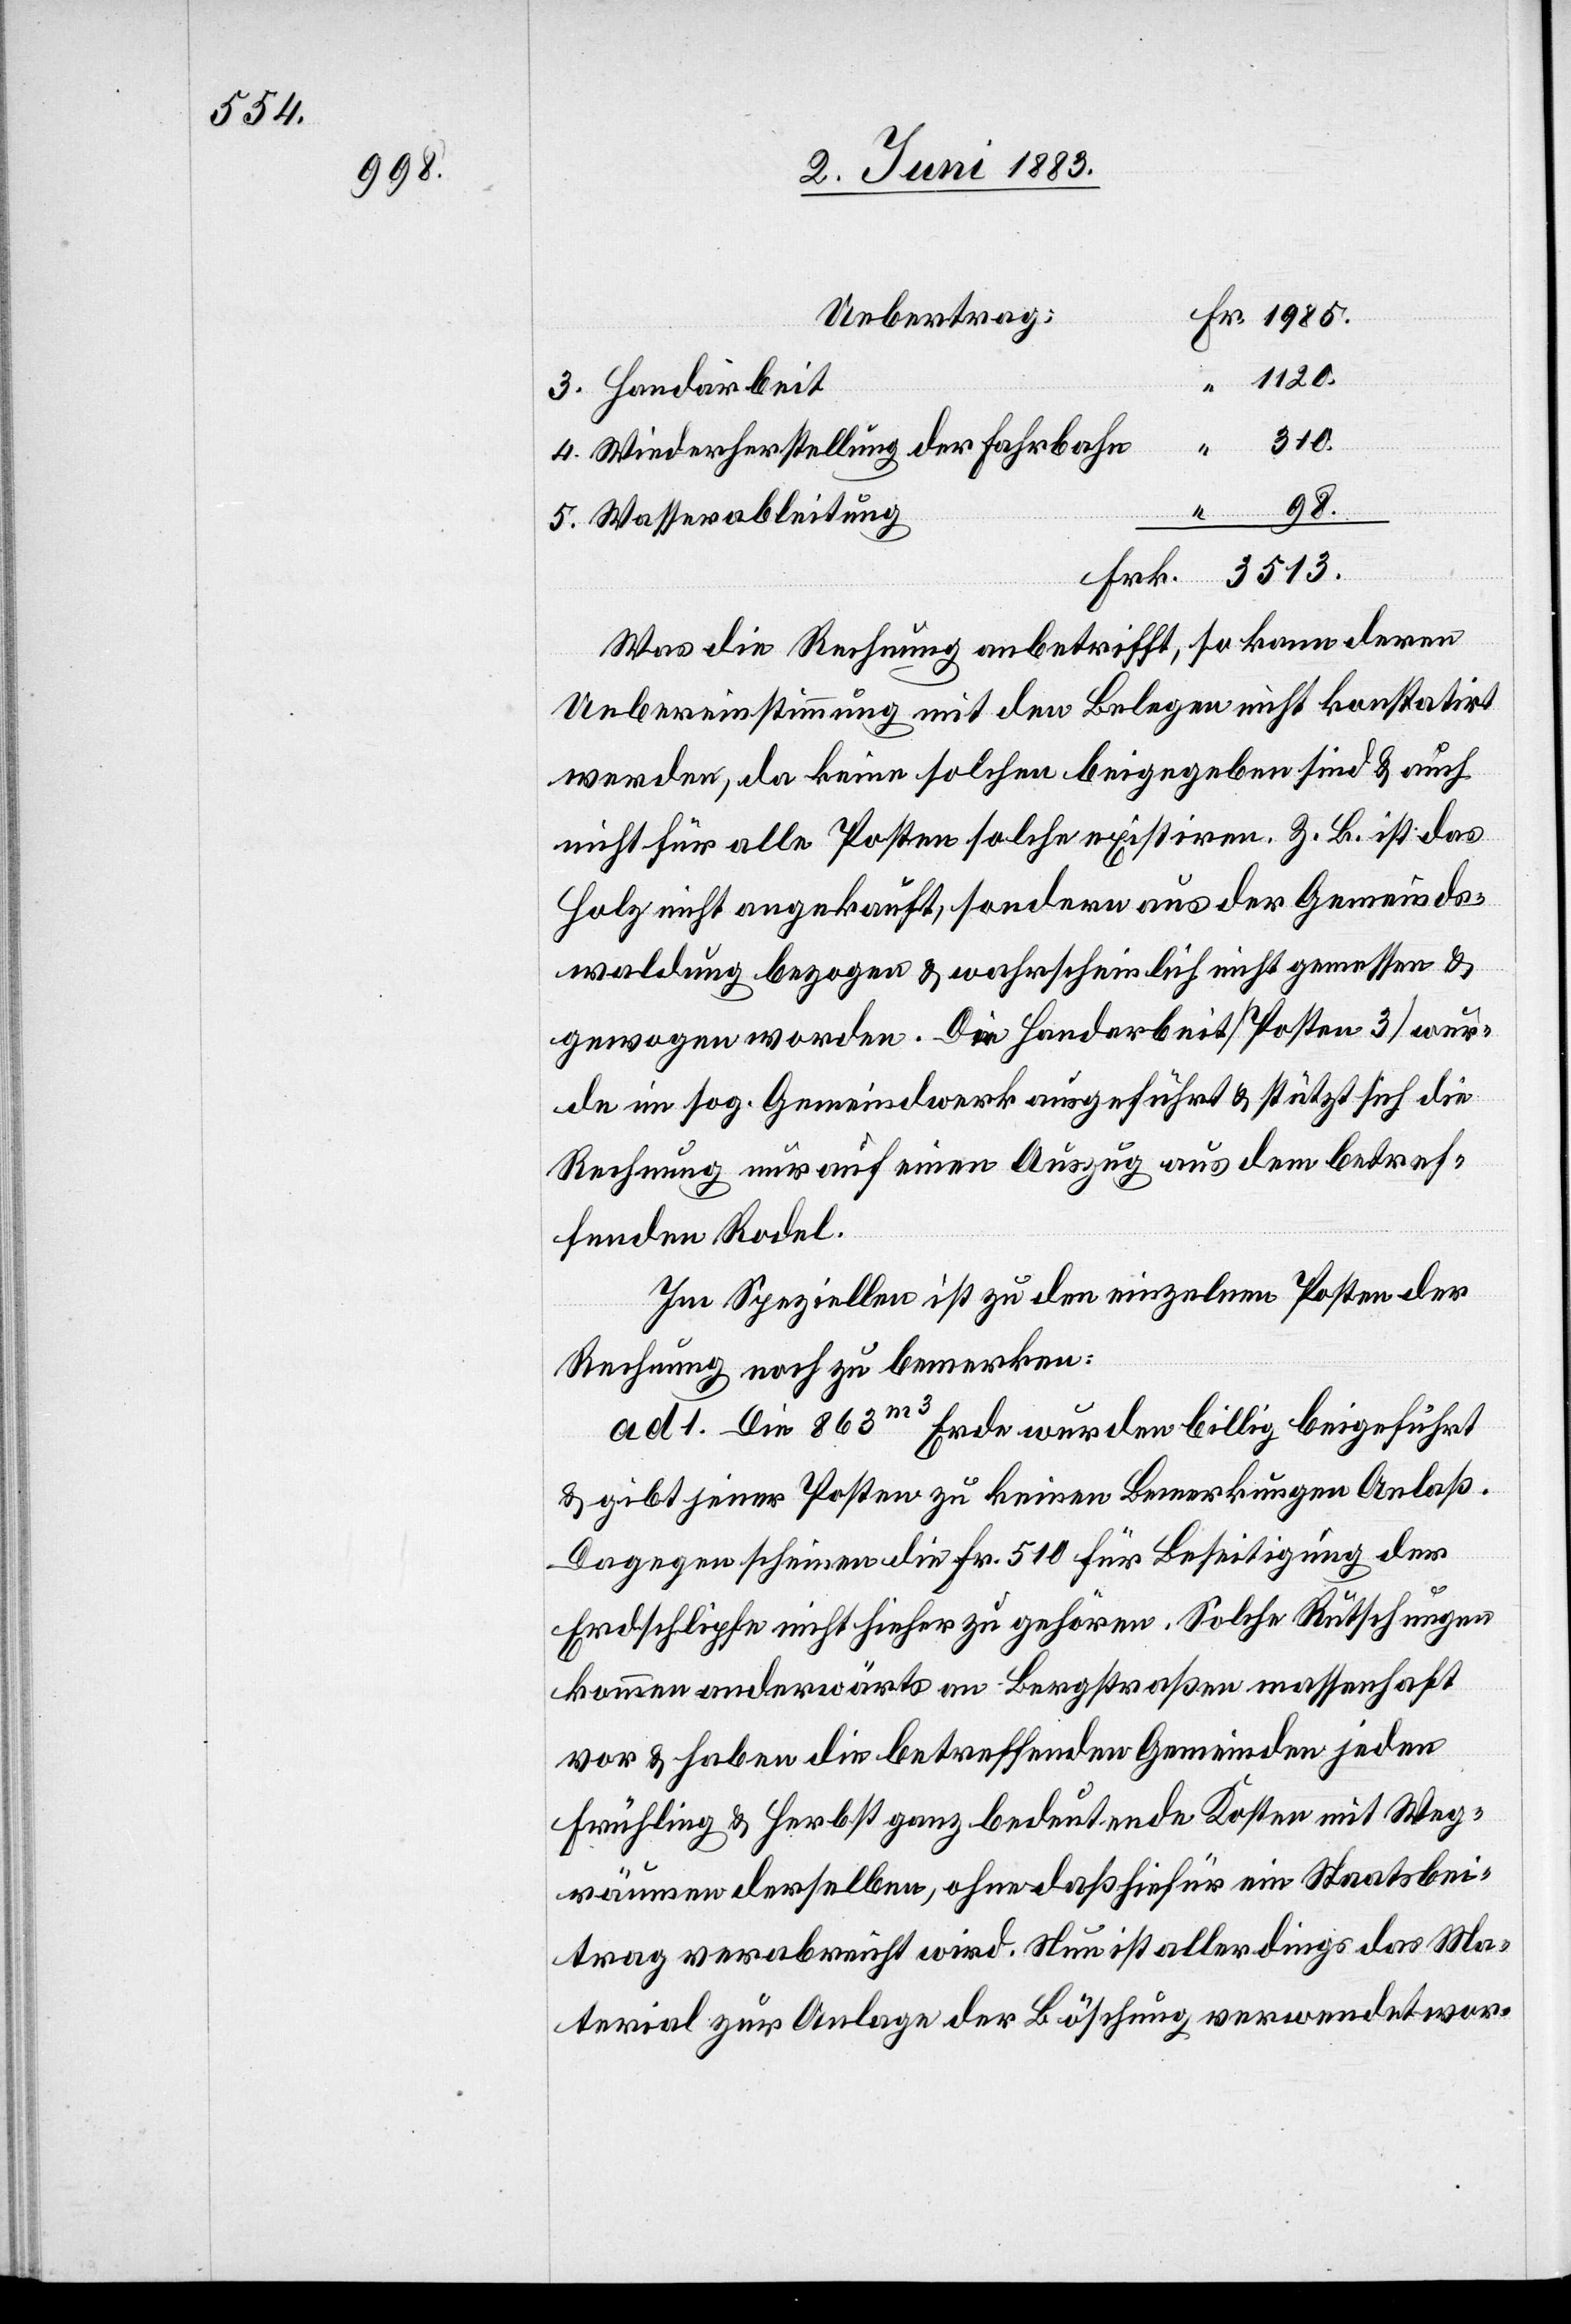
98.

Uebertrag:
3. Handarbeit
3513.
4. Wiederherstellung der Fahrbahn
5. Wasserableitung
Was die Rechnung anbetrifft, so kann deren
Uebereinstimmung mit den Belegen nicht konstatirt
werden, da keine solchen beigegeben sind & auch
nicht für alle Posten solche existiren. Z. B. ist das
Holz nicht angekauft, sondern aus der Gemeinds¬
waldung bezogen & wahrscheinlich nicht gemessen &
gewogen worden. Die Handarbeit [Posten 3] wur¬
de im sog. Gemeindewerk ausgeführt & stützt sich die
Rechnung nur auf einen Auszug aus dem betref¬
fenden Rodel.
Im Speziellen ist zu den einzelnen Posten der
Rechnung noch zu bemerken:
ad 1. Die 863m3 Erde wurden billig beigeführt
& gibt jener Posten zu keinen Bemerkungen Anlaß.
Dagegen scheinen die Fr. 510 für Beseitigung der
Erdschlipfe nicht hieher zu gehören. Solche Rutschungen
kommen anderwärts an Bergstraßen massenhaft
vor & haben die betreffenden Gemeinden jeden
Frühling & Herbst ganz bedeutende Kosten mit Weg¬
räumen derselben, ohne daß hiefür ein Staatsbei¬
trag verabreicht wird. Nun ist allerdings das Ma¬
terial zur Anlage der Böschung verwendet wor-